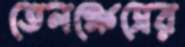
তেলক্ষেত্রের